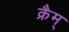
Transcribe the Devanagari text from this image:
क्रैम्